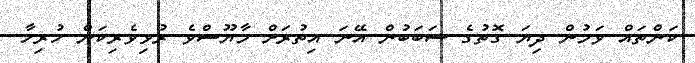
ކަންތައް ވަމުން ދިޔަ ގޮތުގެ ސަބަބުން އޭނަ އިތުރަށް މާޔޫސްވެ ރުޅިވެރިކަން ހުރިހާ